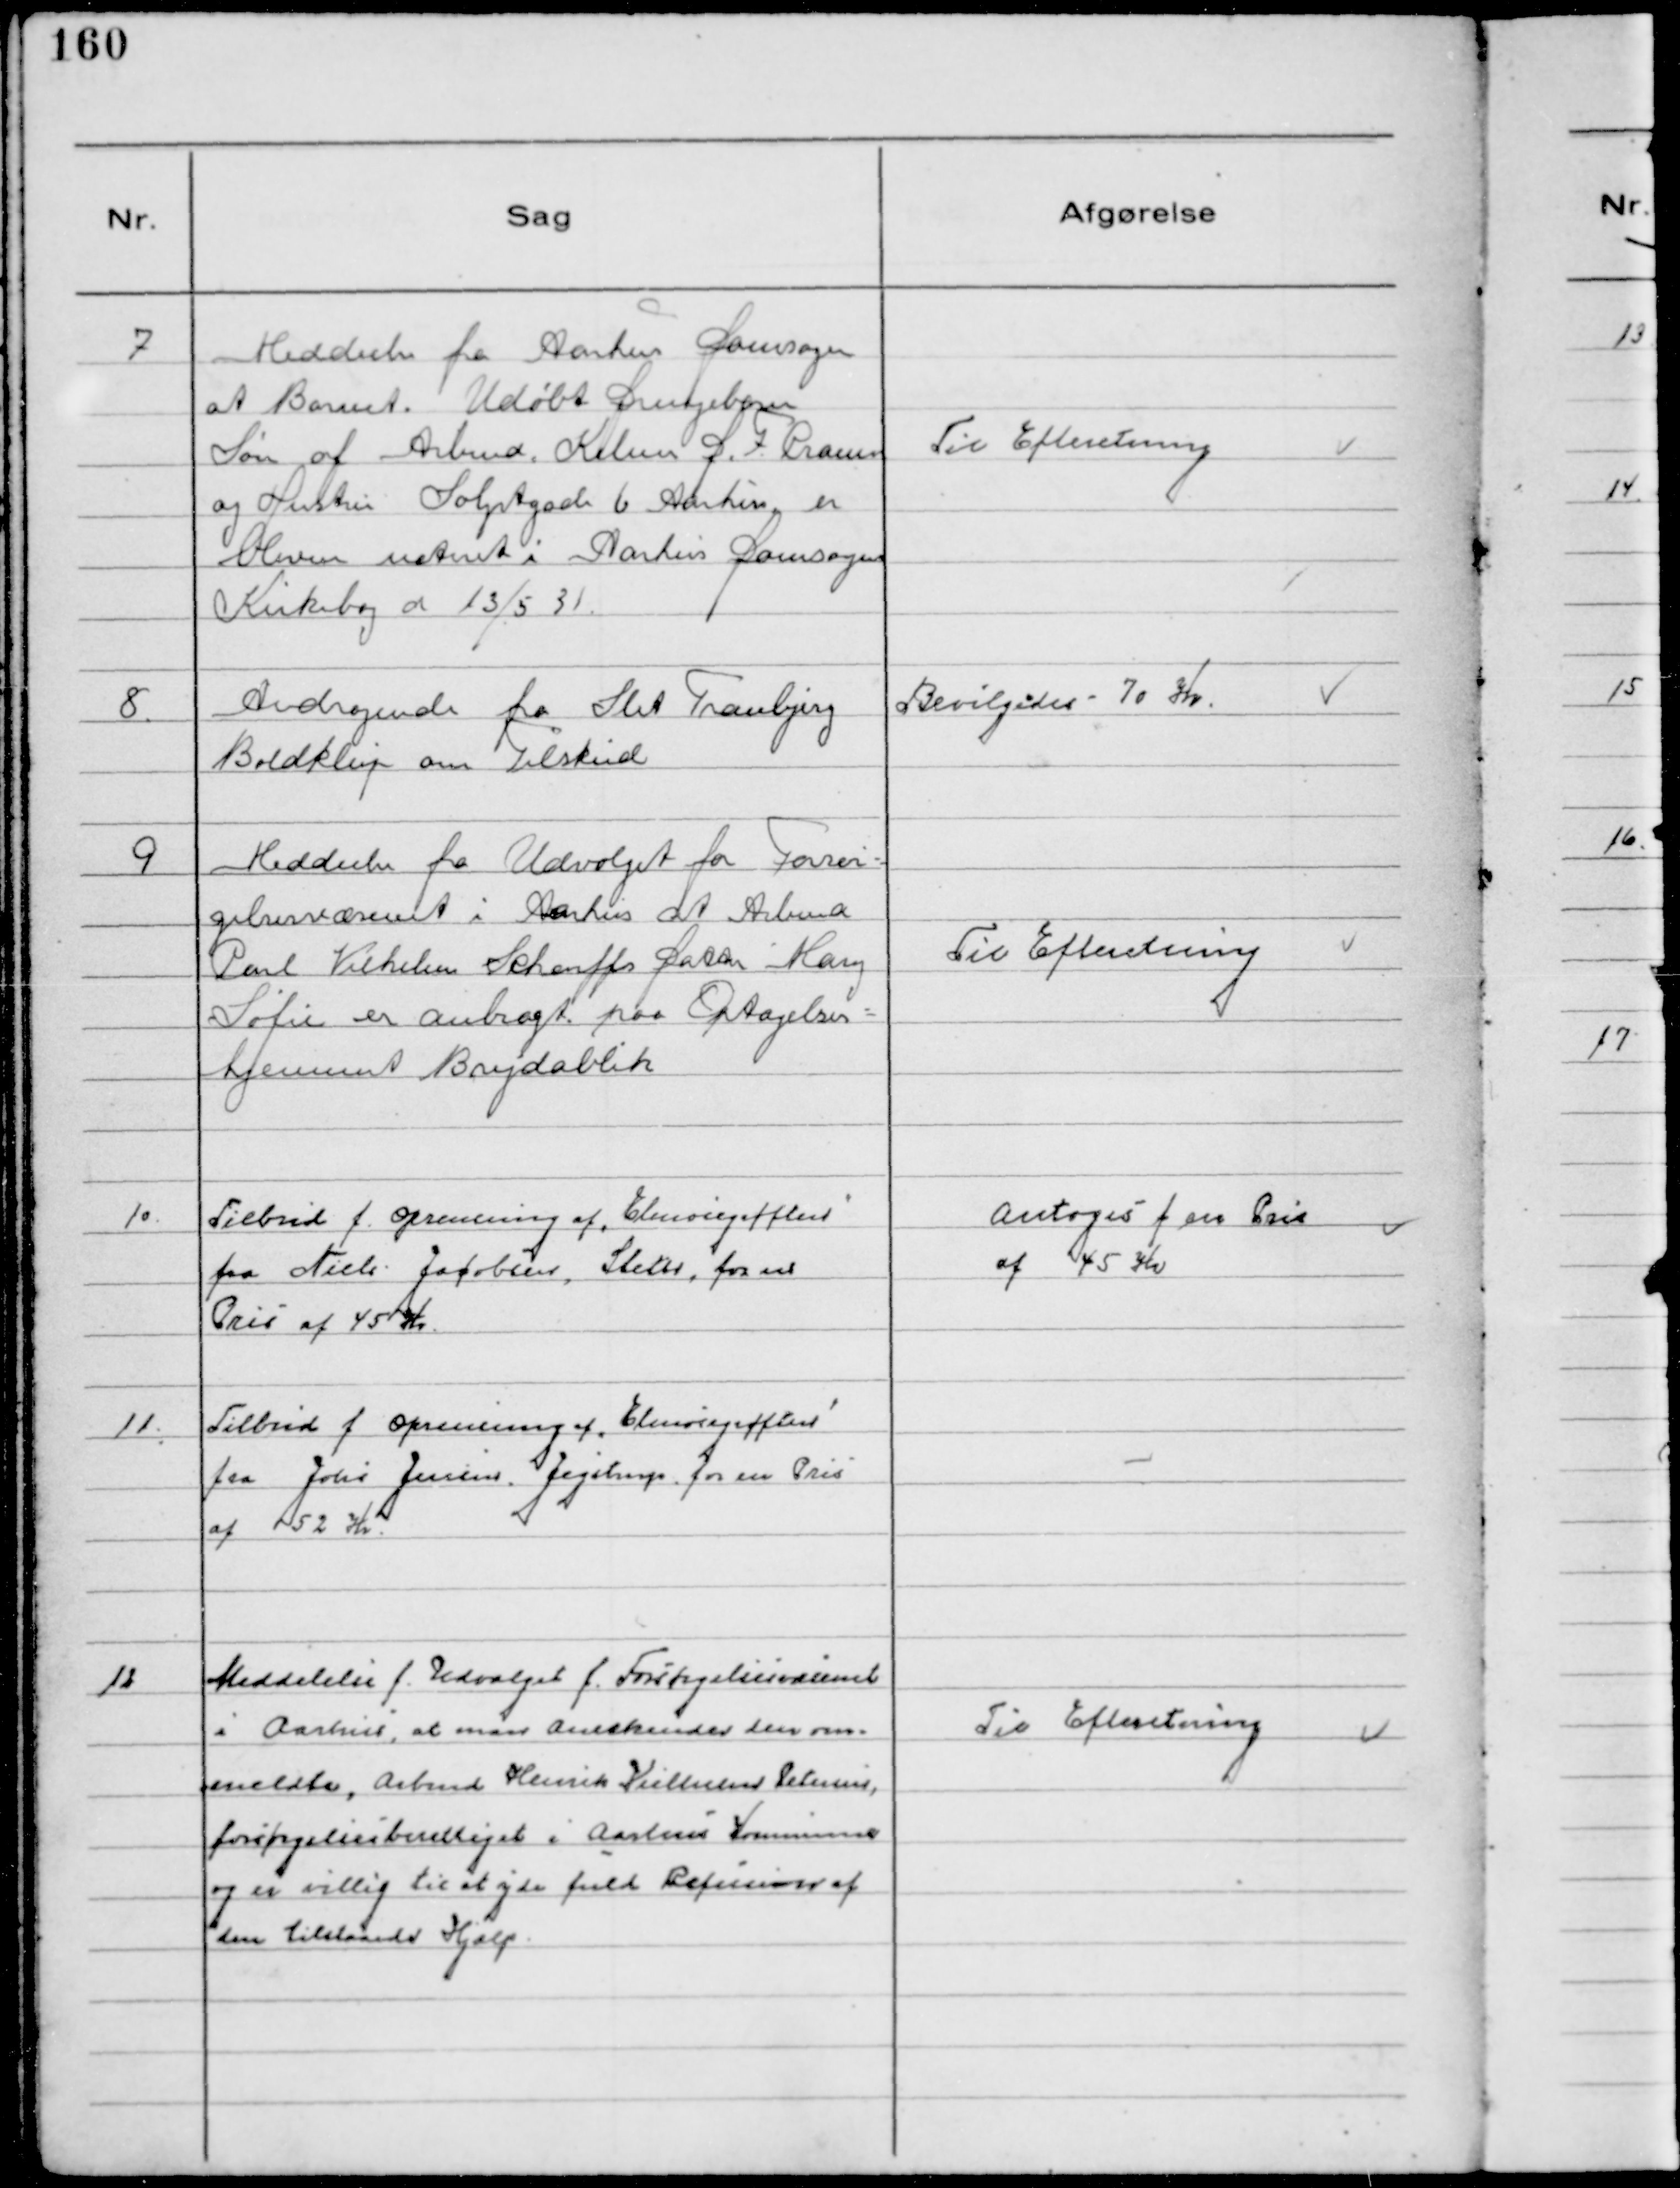
Transskription:
7
Meddeelse fra Aarhus Domsogn
at Barnet. Udøbt Drengebarn
Søn af Arbmd. Kelner D.F. Pram
og Hustru Sølystgade 6 Aarhus er
bleven noteret i Aarhus Domsogns
Kirkebog d 13/5 31.

Til Efteretning

8.
Andragende fra Slet Tranbjerg
Boldklup om Tilskud

Bevilgedes 70 Kr.

9
Meddeelse fra Udvalget for Forsør
gelsesvæsenet i Aarhus at Arbmd
Carl Vilhelm Scharffs Datter Mary
Sofie er anbragt paa Optagelses-
hjemmet Brydablik

Til Efteretning

10.
Tilbud f. Oprensning af "Elmosegrøften"
fra Niels Jacobsen, Sleth, for en
Pris af 45 Kr.

Antoges f en Pris
af 45 Kr

11.
Tilbud f. Oprensning af "Elmosegrøften"
fra Johs Jensen Jegstrup for en Pris
af 52 Kr.

12
Meddelelse f. Udvalget f. Forsørgelsesvæsenet
i Aarhus, at man Anerkender den an-
meldte, Arbmd Henrik Kielman Petersen,
forsørgelsesberettiget i Aarhus Kommune
og er villig til at yde fuld Refusion af
den tilstaaede Hjælp

Til Efteretning